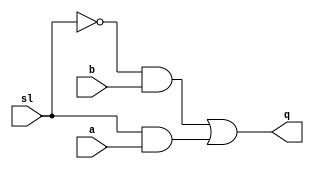
module s1(a, b, sl ,q);
    input a,b,sl;
    output q;
    assign q=(~sl&b)|(sl&a);
endmodule
module dff(d,clk,q);
    input d,clk;
    output q;
    reg q=0;
    always @ (posedge clk)
    begin
    q<=d;
    end
endmodule

module piso_reg(d, clk, sl, q);
    input [3:0]d;
input clk,sl;
    output q;
    wire q1,q2,q3,d1,d2,d3;
    dff a(d[3],clk,q1);
    s1 a1(q1,d[2],sl,d1);
    dff b(d1,clk,q2);
    s1 b1(q2,d[1],sl,d2);
    dff c(d2,clk,q3);
    s1 c1(q3,d[0],sl,d3);
    dff dd(d3,clk,q);
endmodule